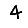
Digit: 4